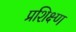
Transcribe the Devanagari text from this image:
प्रशिक्ष्ण